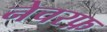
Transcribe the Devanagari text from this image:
नेचरफ़